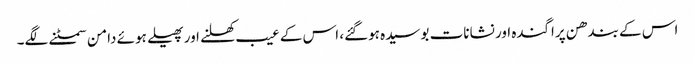
اس کے بندھن پراگندہ اور نشانات بوسیدہ ہوگئے، اس کے عیب کھلنے اور پھیلے ہوئے دامن سمٹنے لگے۔